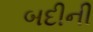
બદીની